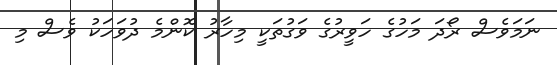
ނަމަވެސް ރޯދަ މަހުގެ ހަވީރުގެ ވަގުތަކީ މިހާރު ކޮންމެ ދުވަހަކު ވެސް މި